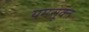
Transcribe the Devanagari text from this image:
यमसूक्त